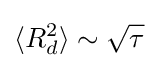
\langle R_{d}^{2}\rangle \sim {\sqrt {\tau }}